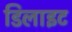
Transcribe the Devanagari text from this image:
डिलाइट